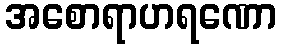
အစောရာဟရဏော